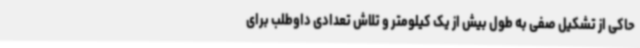
حاکی از تشکیل صفی به طول بیش از یک کیلومتر و تلاش تعدادی داوطلب برای